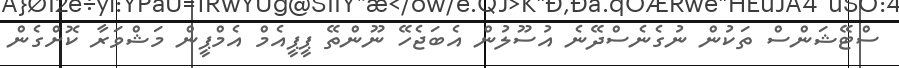
ސްޓޭޝަންސް ތަކުން ނުގެނެސްދޭނެ އުސޫލުން އެބަޖެހޭ ނޫންތޭ ޕީޕީއެމް އެމްޕީން މަޝްވަރާ ކޮށްގެން